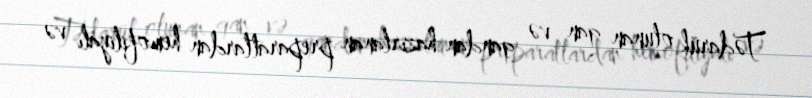
Tədarük olunan qan və qandan hazırlanan preparatlardan hemofiliyalı və